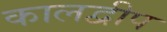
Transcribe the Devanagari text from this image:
कालद्वीप